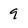
Character: 9